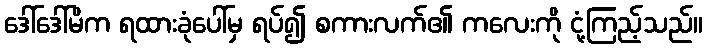
ဒေါ်ဒေါ်မိက ရထားခုံပေါ်မှ ရပ်၍ စကားလက်၏ ကလေးကို ငုံ့ကြည့်သည်။